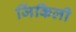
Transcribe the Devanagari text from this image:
जिंकिली